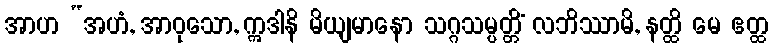
အာဟ “အဟံ, အာဝုသော, ဣဒါနိ မိယျမာနော သဂ္ဂသမ္ပတ္တိံ လဘိဿာမိ, နတ္ထိ မေ ဧတ္ထ